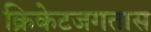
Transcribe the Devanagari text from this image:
क्रिकेटजगतास